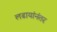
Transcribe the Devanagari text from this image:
लढायांनंतर